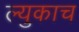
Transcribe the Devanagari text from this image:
ल्युकाच